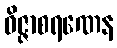
ဝိဇ္ဇာစရဏေန